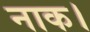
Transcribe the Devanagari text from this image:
नाक।